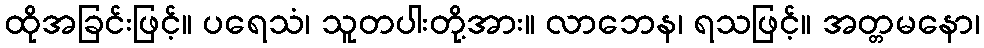
ထိုအခြင်းဖြင့်။ ပရေသံ၊ သူတပါးတို့အား။ လာဘေန၊ ရသဖြင့်။ အတ္တမနော၊